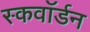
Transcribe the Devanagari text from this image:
स्कवाॅर्डन